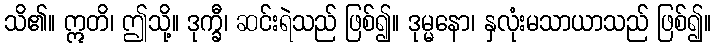
သိ၏။ ဣတိ၊ ဤသို့။ ဒုက္ခီ၊ ဆင်းရဲသည် ဖြစ်၍။ ဒုမ္မနော၊ နှလုံးမသာယာသည် ဖြစ်၍။